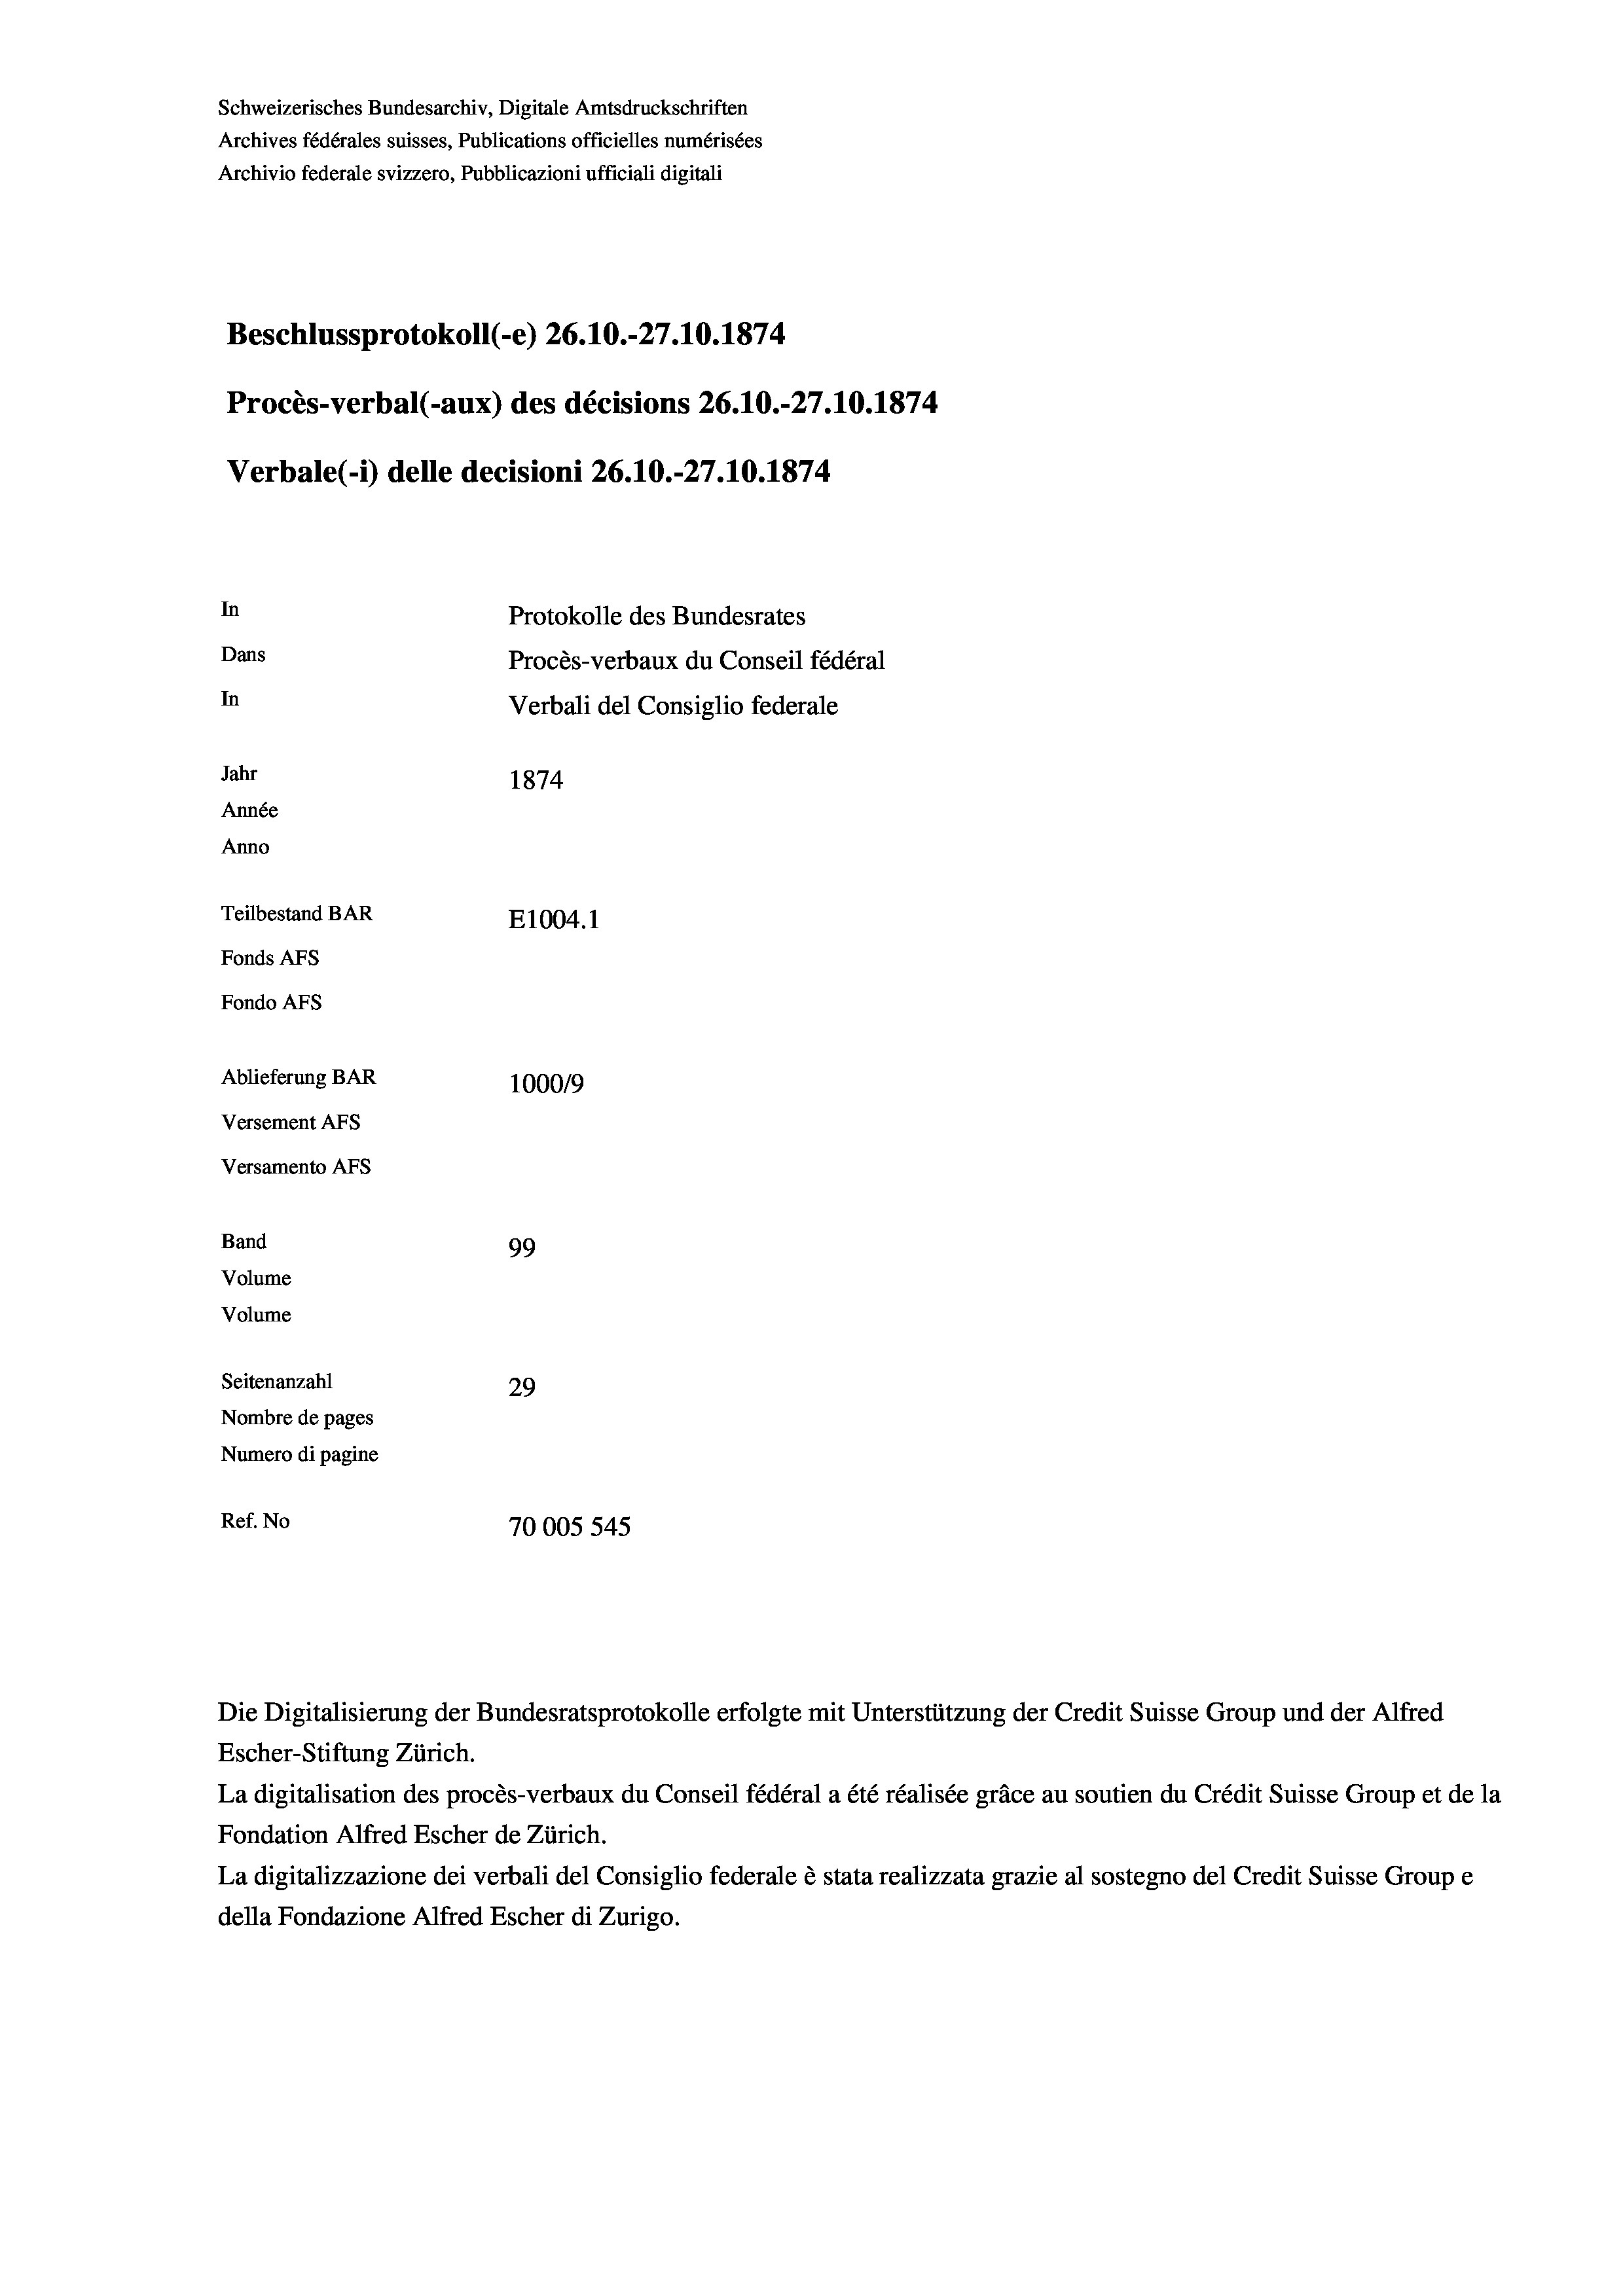
Schweizerisches Bundesarchiv, Digitale Amtsdruckschriften
Archives fédérales suisses, Publications officielles numérisées
Archivio federale svizzero, Pubblicazioni ufficiali digitali
Beschlussprotokoll (-e) 26.10.-27.10.1874
Procès-verbal (-aux) des décisions 26.10.-27.10.1874
Verbale(-*) delle decisioni 26.10.-27.10.1874
In
Protokolle des Bundesrates
Dans
Procès-verbaux du Conseil fédéral
In
Verbali del Consiglio federale
Jahr
1874
Année
Anno
Teilbestand BAR
E1004. 1
Fonds AFs
Fondo AFs
Ablieferung BAR
100019
Versement AFs
Versamento Afs
Band
99
Volume
Volume
Seitenanzahl
29
Nombre de pages
Numero di pagine
Ref. No
70005 545

Die Digitalisierung der Bundesratsprotokolle erfolgte mit Unterstützung der Credit Suisse Group und der Alfred
Escher-Stiftung Zürich.
La digitalisation des procès-verbaux du Conseil fédéral a été réalisée gräce au soutien du Crédit Suisse Group et de la
Fondation Alfred Escher de Zürich.
La digitalizzazione dei verbali del Consiglio federale è stata realizzata grazie al sostegno del Credit Suisse Groupe
della Fondazione Alfred Escher di Zurigo.